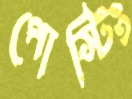
পোস্টিং